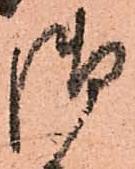
御